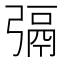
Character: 㣂